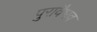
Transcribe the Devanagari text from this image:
पुरावैभव